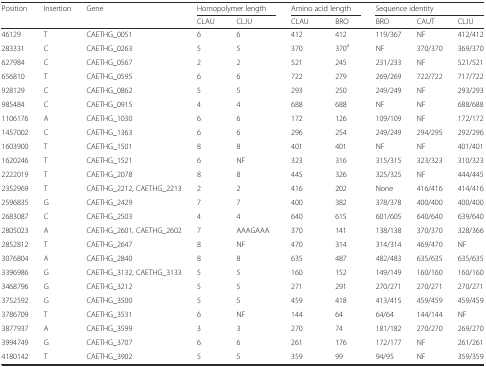
<table><thead><tr><td><b>Position</b></td><td><b>Insertion</b></td><td><b>Gene</b></td><td colspan="2"><b>Homopolymer length</b></td><td colspan="2"><b>Amino acid length</b></td><td colspan="3"><b>Sequence identity</b></td></tr><tr><td></td><td></td><td></td><td><b>CLAU</b></td><td><b>CLJU</b></td><td><b>CLAU</b></td><td><b>BRO</b></td><td><b>BRO</b></td><td><b>CAUT</b></td><td><b>CLJU</b></td></tr></thead><tbody><tr><td>46129</td><td>T</td><td>CAETHG_0051</td><td>6</td><td>6</td><td>412</td><td>412</td><td>119/367</td><td>NF</td><td>412/412</td></tr><tr><td>283331</td><td>C</td><td>CAETHG_0263</td><td>5</td><td>5</td><td>370</td><td>370<sup>a</sup></td><td>NF</td><td>370/370</td><td>369/370</td></tr><tr><td>627984</td><td>C</td><td>CAETHG_0567</td><td>2</td><td>2</td><td>521</td><td>245</td><td>231/233</td><td>NF</td><td>521/521</td></tr><tr><td>656810</td><td>T</td><td>CAETHG_0595</td><td>6</td><td>6</td><td>722</td><td>279</td><td>269/269</td><td>722/722</td><td>717/722</td></tr><tr><td>928129</td><td>C</td><td>CAETHG_0862</td><td>5</td><td>5</td><td>293</td><td>250</td><td>249/249</td><td>NF</td><td>293/293</td></tr><tr><td>985484</td><td>C</td><td>CAETHG_0915</td><td>4</td><td>4</td><td>688</td><td>688</td><td>NF</td><td>NF</td><td>688/688</td></tr><tr><td>1106176</td><td>A</td><td>CAETHG_1030</td><td>6</td><td>6</td><td>172</td><td>126</td><td>109/109</td><td>NF</td><td>172/172</td></tr><tr><td>1457002</td><td>C</td><td>CAETHG_1363</td><td>6</td><td>6</td><td>296</td><td>254</td><td>249/249</td><td>294/295</td><td>292/296</td></tr><tr><td>1603900</td><td>T</td><td>CAETHG_1501</td><td>8</td><td>8</td><td>401</td><td>401</td><td>NF</td><td>NF</td><td>401/401</td></tr><tr><td>1620246</td><td>T</td><td>CAETHG_1521</td><td>6</td><td>NF</td><td>323</td><td>316</td><td>315/315</td><td>323/323</td><td>310/323</td></tr><tr><td>2222019</td><td>T</td><td>CAETHG_2078</td><td>8</td><td>8</td><td>445</td><td>326</td><td>325/325</td><td>NF</td><td>444/445</td></tr><tr><td>2352969</td><td>T</td><td>CAETHG_2212, CAETHG_2213</td><td>2</td><td>2</td><td>416</td><td>202</td><td>None</td><td>416/416</td><td>414/416</td></tr><tr><td>2596835</td><td>G</td><td>CAETHG_2429</td><td>7</td><td>7</td><td>400</td><td>382</td><td>378/378</td><td>400/400</td><td>400/400</td></tr><tr><td>2683087</td><td>C</td><td>CAETHG_2503</td><td>4</td><td>4</td><td>640</td><td>615</td><td>601/605</td><td>640/640</td><td>639/640</td></tr><tr><td>2805023</td><td>A</td><td>CAETHG_2601, CAETHG_2602</td><td>7</td><td>AAAGAAA</td><td>370</td><td>141</td><td>138/138</td><td>370/370</td><td>328/366</td></tr><tr><td>2852812</td><td>T</td><td>CAETHG_2647</td><td>8</td><td>NF</td><td>470</td><td>314</td><td>314/314</td><td>469/470</td><td>NF</td></tr><tr><td>3076804</td><td>A</td><td>CAETHG_2840</td><td>8</td><td>8</td><td>635</td><td>487</td><td>482/483</td><td>635/635</td><td>635/635</td></tr><tr><td>3396986</td><td>G</td><td>CAETHG_3132, CAETHG_3133</td><td>5</td><td>5</td><td>160</td><td>152</td><td>149/149</td><td>160/160</td><td>160/160</td></tr><tr><td>3468796</td><td>G</td><td>CAETHG_3212</td><td>5</td><td>5</td><td>271</td><td>291</td><td>270/271</td><td>270/271</td><td>270/271</td></tr><tr><td>3752592</td><td>G</td><td>CAETHG_3500</td><td>5</td><td>5</td><td>459</td><td>418</td><td>413/415</td><td>459/459</td><td>459/459</td></tr><tr><td>3786709</td><td>T</td><td>CAETHG_3531</td><td>6</td><td>NF</td><td>144</td><td>64</td><td>64/64</td><td>144/144</td><td>NF</td></tr><tr><td>3877937</td><td>A</td><td>CAETHG_3599</td><td>3</td><td>3</td><td>270</td><td>74</td><td>181/182</td><td>270/270</td><td>269/270</td></tr><tr><td>3994749</td><td>G</td><td>CAETHG_3707</td><td>6</td><td>6</td><td>261</td><td>176</td><td>172/177</td><td>NF</td><td>261/261</td></tr><tr><td>4180142</td><td>T</td><td>CAETHG_3902</td><td>5</td><td>5</td><td>359</td><td>99</td><td>94/95</td><td>NF</td><td>359/359</td></tr></tbody></table>